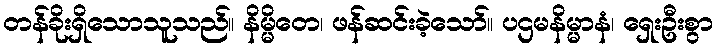
တန်ခိုးရှိသောသူသည်။ နိမ္မိတေ၊ ဖန်ဆင်းခဲ့သော်။ ပဌမနိမ္မာနံ၊ ရှေးဦးစွာ